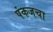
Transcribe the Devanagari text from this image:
पंकजचा